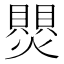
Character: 𬋑